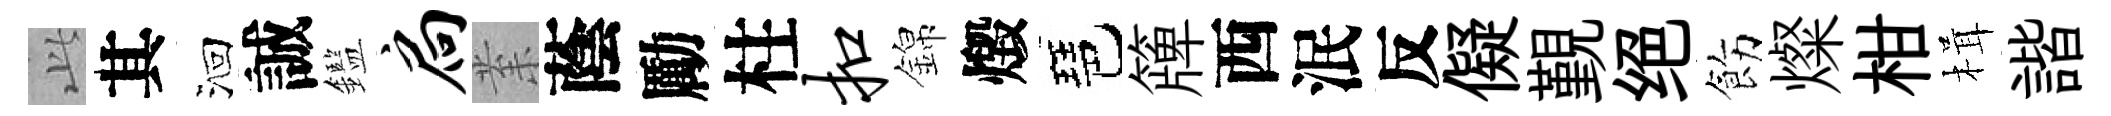
𬼘其洄誠鑑扃𭪙蔭勵柱扣錦燬琶簰西泯反儗覲绝飭燦柑楫諧